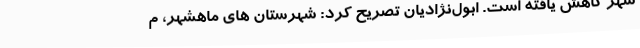
شهر کاهش یافته است. ابول‌نژادیان تصریح کرد: شهرستان های ماهشهر، م